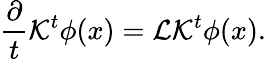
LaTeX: \frac{\partial}{t}\mathcal{K}^{t}\phi(x)=\mathcal{L}\mathcal{K}^{t}\phi(x).